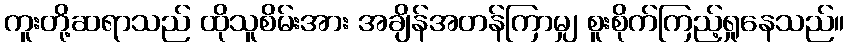
ကူးတို့ဆရာသည် ထိုသူစိမ်းအား အချိန်အတန်ကြာမျှ စူးစိုက်ကြည့်ရှုနေသည်။